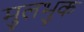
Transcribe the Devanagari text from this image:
मुलभुक